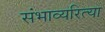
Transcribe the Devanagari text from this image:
संभाव्यरित्या